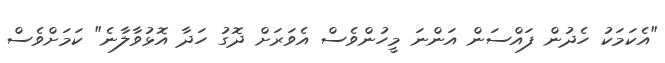
"އެކަމަކު ހެދުން ފައްސަން އަންނަ މީހުންވެސް އެވަރަށް ދޮގު ހަދާ އޮޅުވާލާނެ" ކަމަށްވެސް